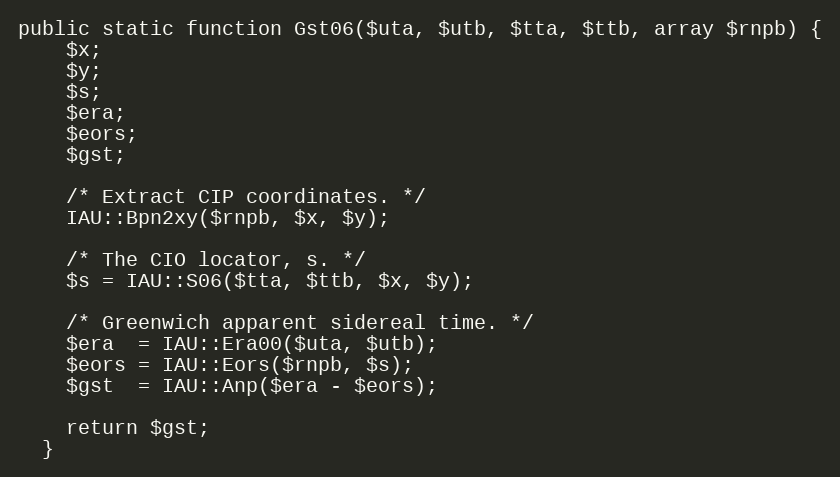
Language: PHP
public static function Gst06($uta, $utb, $tta, $ttb, array $rnpb) {
    $x;
    $y;
    $s;
    $era;
    $eors;
    $gst;

    /* Extract CIP coordinates. */
    IAU::Bpn2xy($rnpb, $x, $y);

    /* The CIO locator, s. */
    $s = IAU::S06($tta, $ttb, $x, $y);

    /* Greenwich apparent sidereal time. */
    $era  = IAU::Era00($uta, $utb);
    $eors = IAU::Eors($rnpb, $s);
    $gst  = IAU::Anp($era - $eors);

    return $gst;
  }